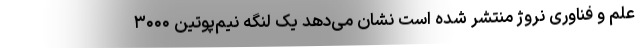
علم و فناوری نروژ منتشر شده است نشان می‌دهد یک لنگه نیم‌پوتین ۳۰۰۰